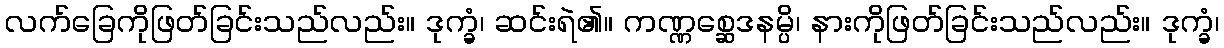
လက်ခြေကိုဖြတ်ခြင်းသည်လည်း။ ဒုက္ခံ၊ ဆင်းရဲ၏။ ကဏ္ဏစ္ဆေဒနမ္ပိ၊ နားကိုဖြတ်ခြင်းသည်လည်း။ ဒုက္ခံ၊